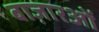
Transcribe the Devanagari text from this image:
बाज़ारओं